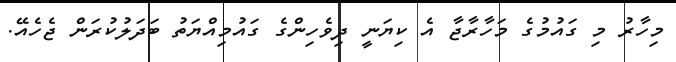
މިހާރު މި ގައުމުގެ މަހާރާޖާ އެ ކިޔަނީ ދިވެހިންގެ ގައުމިއްޔަތު ބަދަލުކުރަން ޖެހެއޭ.